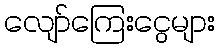
လျော်ကြေးငွေများ